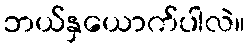
ဘယ်နှယောက်ပါလဲ။